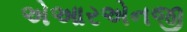
એઆરએનજી